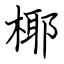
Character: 椰